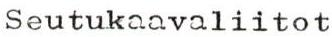
Seutukaavaliitot